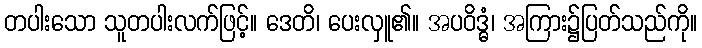
တပါးသော သူတပါးလက်ဖြင့်။ ဒေတိ၊ ပေးလှူ၏။ အပဝိဒ္ဓံ၊ အကြား၌ပြတ်သည်ကို။